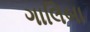
ગાલિબા